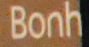
Bonh